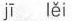
jī lěi